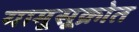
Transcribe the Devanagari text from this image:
यामूसूक्रोत